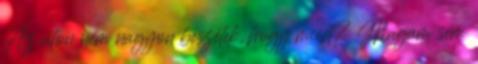
Az úton nem nagyon beszélek, hogy miért? Magam sem